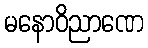
မနောဝိညာဏေ